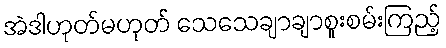
အဲဒါဟုတ်မဟုတ် သေသေချာချာစူးစမ်းကြည့်